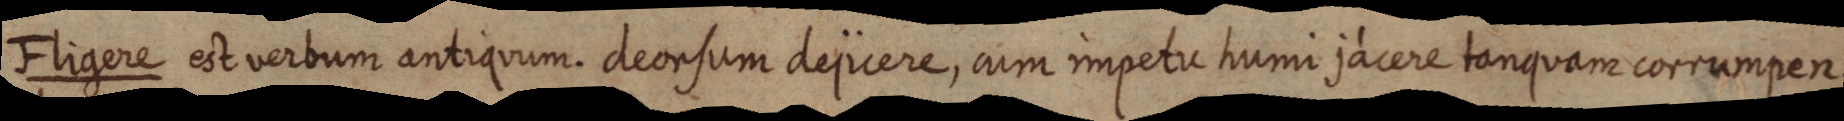
Fligere est verbum antiquum. deorsum dejicere, cum impetu humi jacere tanquam corrumpen